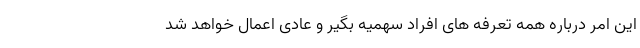
این امر درباره همه تعرفه های افراد سهمیه بگیر و عادی اعمال خواهد شد